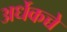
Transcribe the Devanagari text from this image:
अर्धेकच्चे